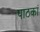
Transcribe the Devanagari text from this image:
पाठकां